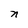
Character: n